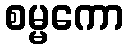
စမ္မကော